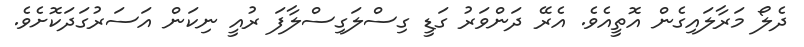
ދެލޯ މަރާލައިގެން އޮތީއެވެ. އެރޭ ދަންވަރު ގަޑީ ގިސްލަގިސްލާފަ ރުއީ ނިކަން އަސަރުގަދަކޮށެވެ.